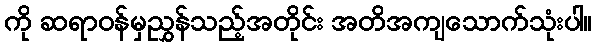
ကို ဆရာဝန်မှညွှန်သည့်အတိုင်း အတိအကျသောက်သုံးပါ။